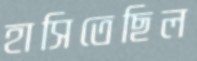
হাসিতেছিল